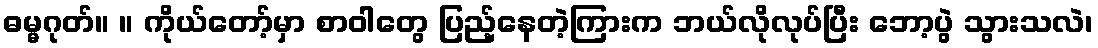
ဓမ္မဂုတ်။ ။ ကိုယ်တော့်မှာ စာဝါတွေ ပြည့်နေတဲ့ကြားက ဘယ်လိုလုပ်ပြီး ဘော့ပွဲ သွားသလဲ၊